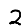
Digit: 2